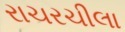
રાચરચીલા